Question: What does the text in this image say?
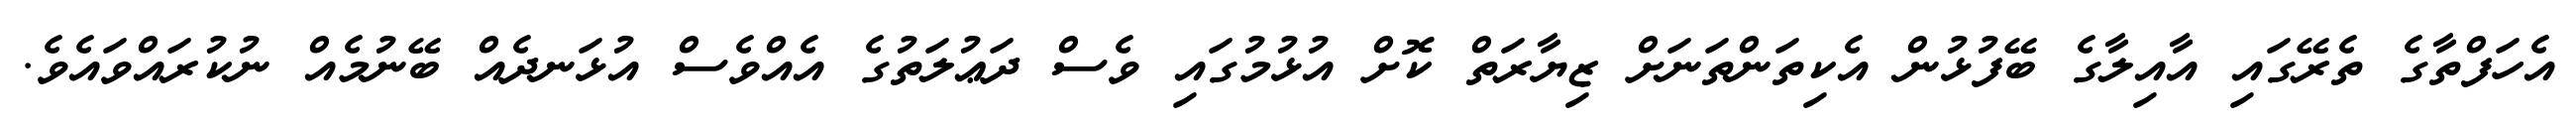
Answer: އެހަފްތާގެ ތެރޭގައި އާއިލާގެ ބޭފުޅުން އެކިތަންތަނަށް ޒިޔާރަތް ކޮށް އުޅުމުގައި ވެސް ދަޢުލަތުގެ އެއްވެސް އުޅަނދެއް ބޭނުމެއް ނުކުރައްވައެވެ.